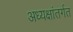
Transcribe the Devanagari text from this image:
अध्यक्षांतर्गत